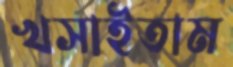
খসাইতাম